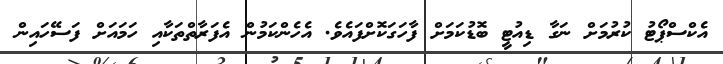
އެކްސްޕޯޓު ކުރުމަށް ނަގާ ޑިއުޓީ ބޮޑުކަމަށް ފާހަގަކޮށްފައެވެ. އެހެންކަމުން އެފަރާތްތަކާއި ހަމައަށް ފަސޭހައިން